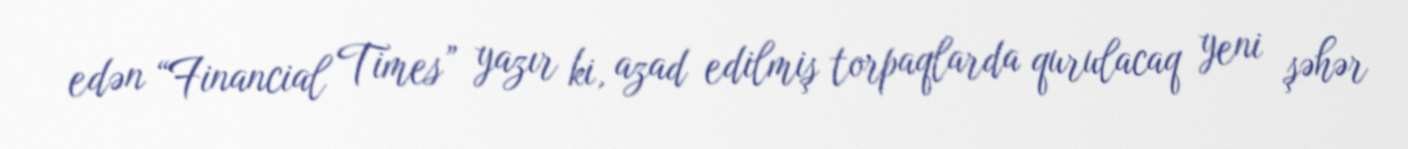
edən “Financial Times” yazır ki, azad edilmiş torpaqlarda qurulacaq yeni şəhər